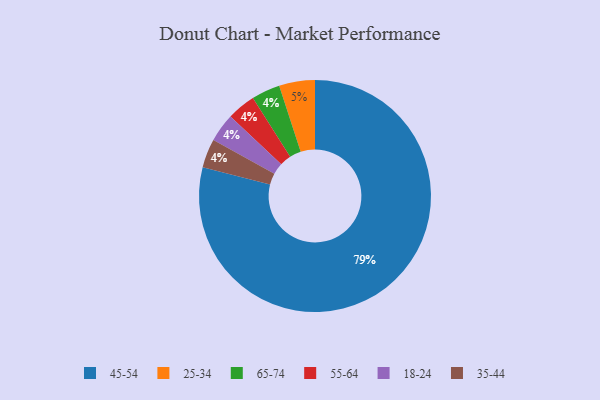
{"axis": {"x": "Category", "y": "Percentage"}, "legend": ["18-24", "25-34", "35-44", "45-54", "55-64", "65-74"], "data": [{"x": "65-74", "y": 4, "type": "65-74"}, {"x": "55-64", "y": 4, "type": "55-64"}, {"x": "25-34", "y": 5, "type": "25-34"}, {"x": "45-54", "y": 79, "type": "45-54"}, {"x": "18-24", "y": 4, "type": "18-24"}, {"x": "35-44", "y": 4, "type": "35-44"}]}